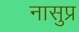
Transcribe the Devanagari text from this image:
नासुप्र